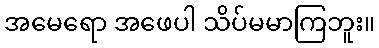
အမေရော အဖေပါ သိပ်မမာကြဘူး။